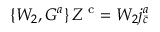
\left\{ { \cal W } _ { 2 } , { \cal G } ^ { a } \right\} Z ^ { \mathrm { \small ~ c } } = { \cal W } _ { 2 } j _ { \bar { c } } ^ { a }